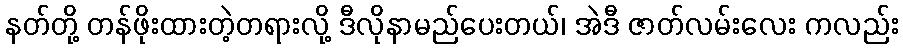
နတ်တို့ တန်ဖိုးထားတဲ့တရားလို့ ဒီလိုနာမည်ပေးတယ်၊ အဲဒီ ဇာတ်လမ်းလေး ကလည်း